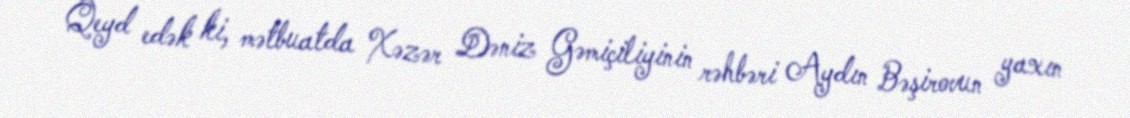
Qeyd edək ki, mətbuatda Xəzər Dəniz Gəmiçiliyinin rəhbəri Aydın Bəşirovun yaxın